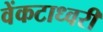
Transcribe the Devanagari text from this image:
वेंकटाध्वरी